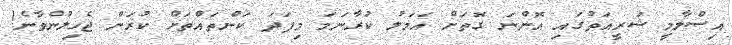
އިސްލާމީ ޝަރީއަތުގައި އޮންނަ ގޮތަށް އަމަލު ކުރާނަމަ މިފަދަ ކަންތައްތަށް ކުރަން ޖެހިލުންވާނެ!